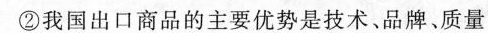
②我国出口商品的主要优势是技术、品牌、质量